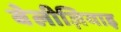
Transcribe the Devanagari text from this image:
बेलीज़ियाइ